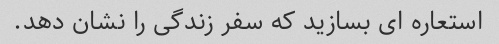
استعاره ای بسازید که سفر زندگی را نشان دهد.